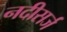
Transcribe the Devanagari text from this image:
नदीसर्ज